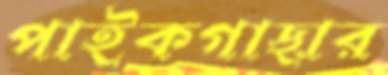
পাইকগাছার